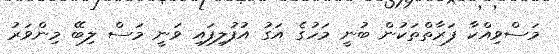
މަސްވިއްކާ ފަރާތްތަކުން ބުނީ މަހުގެ އަގު އުފުލިފައި ވަނީ މަސް ލިބޭ މިންވަރު